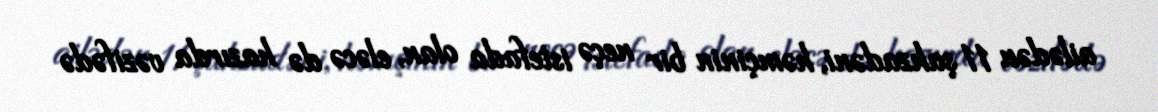
ailədən 11 şahzadəni, həmçinin bir neçə istefada olan, eləcə də hazırda vəzifədə